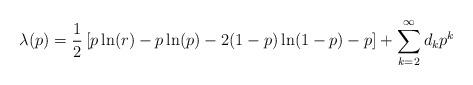
LaTeX: \begin{align*}\lambda(p) = \frac{1}{2} \left[ p\ln(r)-p\ln(p)-2(1-p)\ln(1-p)-p \right]+\sum_{k=2}^\infty d_kp^k\end{align*}